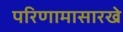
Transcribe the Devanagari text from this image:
परिणामासारखे